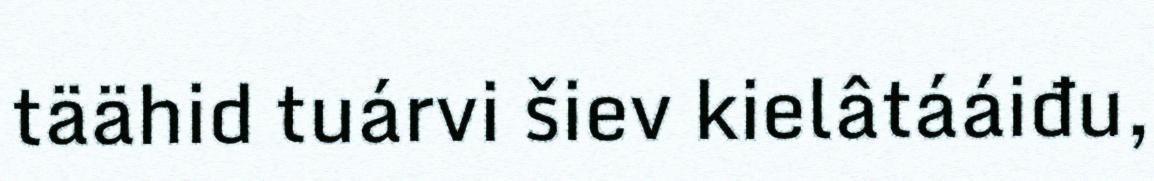
täähid tuárvi šiev kielâtááiđu,